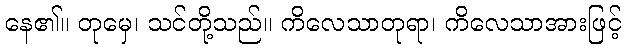
နေ၏။ တုမှေ၊ သင်တို့သည်။ ကိလေသာတုရာ၊ ကိလေသာအားဖြင့်